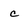
Character: c